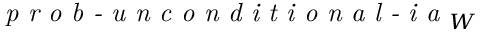
\textit { p r o b - u n c o n d i t i o n a l - i a } _ { W }